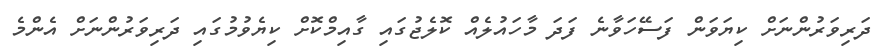
ދަރިވަރުންނަށް ކިޔަވަން ފަސޭހަވާނެ ފަދަ މާހައުލެއް ކޮލެޖުގައި ގާއިމްކޮށް ކިޔެވުމުގައި ދަރިވަރުންނަށް އެންމެ